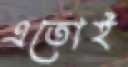
এতোই